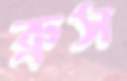
ব্রুস